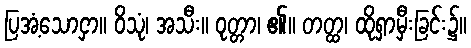
ပြအံ့သောငှာ။ ဝိသုံ၊ အသီး။ ဝုတ္တာ၊ ၏။ တတ္ထ၊ ထိုရှာမှီးခြင်း၌။